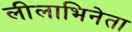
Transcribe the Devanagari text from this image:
लीलाभिनेता